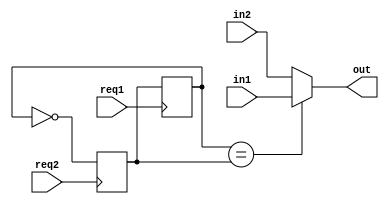
// This program was cloned from: https://github.com/Mario-Hero/Async-Karin
// License: MIT License

`timescale 1ns / 1ps
//////////////////////////////////////////////////////////////////////////////////
//
// Module Name: MUX2
// Description: When req1 rises, in1 -> out.
//              When req2 rises, in2 -> out.
// Dependencies: 
// 
// Revision:
// Revision 0.01 - File Created
// Additional Comments: not recommended to use, because it doesn't have a feedback signal,
//                      which may cause error.
// 
//////////////////////////////////////////////////////////////////////////////////


module MUX2 #(parameter Width=32,parameter defaultValue=0) (req1,req2,in1,in2,out);
input req1,req2;
input [Width-1:0] in1,in2;
output wire [Width-1:0] out;
wire req;
wire sel;
reg sel1=1'b0,sel2=defaultValue;  // 0:choose in1, 1:choose in2

assign out=sel?in1:in2;
assign sel=(sel1==sel2);

always@(posedge req1) sel1<=sel2;
always@(posedge req2) sel2<=~sel1;

endmodule